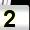
Digit: 2